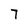
Character: 7